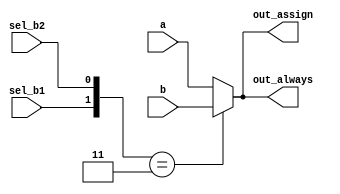
// Exercise 2-4-3: If Statement
module Mux2to1 (
    input a,
    input b,
    input sel_b1,
    input sel_b2,
    output wire out_assign,
    output reg out_always
);
    // select signal for mux
    wire [1:0] sel;
    assign sel = {sel_b1,sel_b2};

    // assign
    assign out_assign = (sel == 2'b11) ? b : a;

    // always
    always @(*) begin
        if (sel == 2'b11) out_always = b;
        else out_always = a;
    end
endmodule